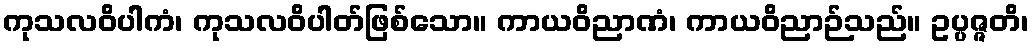
ကုသလဝိပါကံ၊ ကုသလဝိပါတ်ဖြစ်သော။ ကာယဝိညာဏံ၊ ကာယဝိညာဉ်သည်။ ဥပ္ပဇ္ဇတိ၊